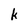
Character: k